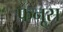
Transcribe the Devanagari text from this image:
फनूस